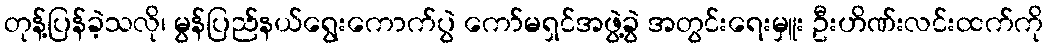
တုန့်ပြန်ခဲ့သလို၊ မွန်ပြည်နယ်ရွေးကောက်ပွဲ ကော်မရှင်အဖွဲ့ခွဲ အတွင်းရေးမှူး ဦးဟိဏ်းလင်းထက်ကို